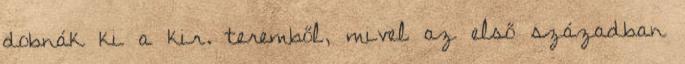
dobnák ki a kir. teremből, mivel az első században